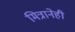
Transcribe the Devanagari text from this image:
मित्रानेही